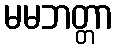
မမဘတ္တာ